Sketch of the medical history of the native army of Bombay, for the year
Year: 1870
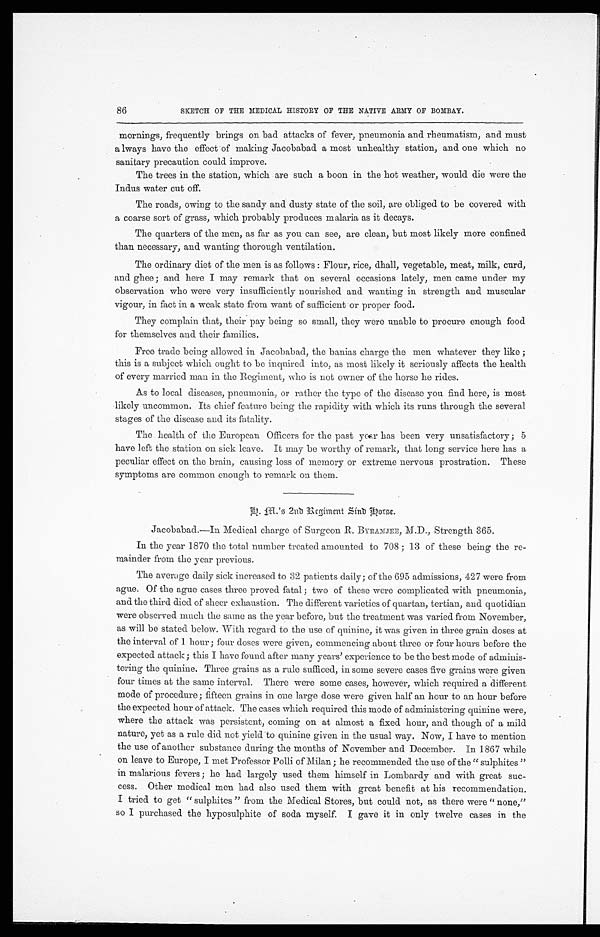
86
SKETCH OF THE MEDICAL HISTORY OF THE NATIVE ARMY OF BOMBAY.
mornings, frequently brings on bad attacks of fever, pneumonia and rheumatism, and must
always have the effect of making Jacobabad a most unhealthy station, and one which no
sanitary precaution could improve.
The trees in the station, which are such a boon in the hot weather, would die were the
Indus water cut off.
The roads, owing to the sandy and dusty state of the soil, are obliged to be covered with
a coarse sort of grass, which probably produces malaria as it decays.
The quarters of the men, as far as you can see, are clean, but most likely more confined
than necessary, and wanting thorough ventilation.
The ordinary diet of the men is as follows: Flour, rice, dhall, vegetable, meat, milk, curd,
and ghee; and here I may remark that on several occasions lately, men came under my
observation who were very insufficiently nourished and wanting in strength and muscular
vigour, in fact in a weak state from want of sufficient or proper food.
They complain that, their pay being so small, they were unable to procure enough food
for themselves and their families.
Free trade being allowed in Jacobabad, the banias charge the men whatever they like;
this is a subject which ought to be inquired into, as most likely it seriously affects the health
of every married man in the Regiment, who is not owner of the horse he rides.
As to local diseases, pneumonia, or rather the type of the disease you find here, is most
likely uncommon. Its chief feature being the rapidity with which its runs through the several
stages of the disease and its fatality.
The health of the European Officers for the past year has been very unsatisfactory; 5
have left the station on sick leave. It may be worthy of remark, that long service here has a
peculiar effect on the brain, causing loss of memory or extreme nervous prostration. These
symptoms are common enough to remark on them.
G. M.' s 2nd Regiment Sind Horse.
Jacobabad.—In Medical charge of Surgeon R. BYRAMJEE, M.D., Strength 365.
In the year 1870 the total number treated amounted to 708; 13 of these being the re
-
mainder from the year previous.
The average daily sick increased to 32 patients daily; of the 695 admissions, 427 were from
ague. Of the ague cases three proved fatal; two of these were complicated with pneumonia,
and the third died of sheer exhaustion. The different varieties of quartan, tertian, and quotidian
were observed much the same as the year before, but the treatment was varied from November,
as will be stated below. With regard to the use of quinine, it was given in three grain doses at
the interval of 1 hour; four doses were given, commencing about three or four hours before the
expected attack; this I have found after many years' experience to be the best mode of adminis
-
tering the quinine. Three grains as a rule sufficed, in some severe cases five grains were given
four times at the same interval. There were some cases, however, which required a different
mode of procedure; fifteen grains in one large dose were given half an hour to an hour before
the expected hour of attack. The cases which required this mode of administering quinine were,
where the attack was persistent, coming on at almost a fixed hour, and though of a mild
nature, yet as a rule did not yield to quinine given in the usual way. Now, I have to mention
the use of another substance during the months of November and December. In 1867 while
on leave to Europe, I met Professor Polli of Milan; he recommended the use of the "sulphites"
in malarious fevers; he had largely used them himself in Lombardy and with great suc
-
cess. Other medical men had also used them with great benefit at his recommendation.
I tried to get "sulphites" from the Medical Stores, but could not, as there were "none,"
so I purchased the hyposulphite of soda myself. I gave it in only twelve cases in the